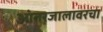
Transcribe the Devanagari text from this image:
आंतरजालावरचा